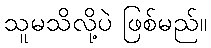
သူမသိလို့ပဲ ဖြစ်မည်။